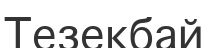
Тезекбай